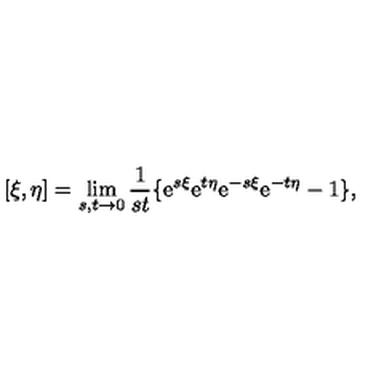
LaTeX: [ \xi , \eta ] = \lim _ { s , t \rightarrow 0 } \frac { 1 } { s t } \{ \mathrm { e } ^ { s \xi } \mathrm { e } ^ { t \eta } \mathrm { e } ^ { - s \xi } \mathrm { e } ^ { - t \eta } - 1 \} ,